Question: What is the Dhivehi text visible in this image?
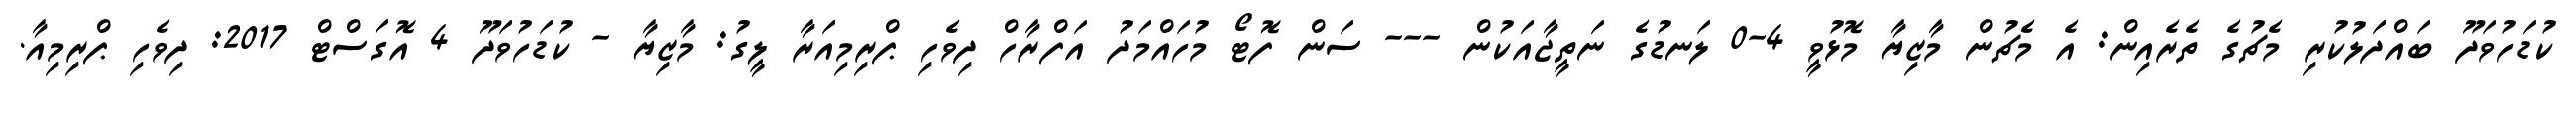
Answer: ކުޑަހުވަދޫ ބައްދަލުކުރި މެޗުގެ ތެރެއިން: އެ މެޗުން މާޒިޔާ މޮޅުވީ 4-0 ލަނޑުގެ ނަތީޖާއަކުން --- ސަން ފޮޓޯ މުހައްމަދު އަފްރާހް ދިވެހި ޕްރިމިއަރާ ލީގު: މާޒިޔާ - ކުޑަހުވަދޫ 4 އޮގަސްޓް 2017: ދިވެހި ޕްރިމިއާ.